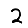
Digit: 2